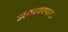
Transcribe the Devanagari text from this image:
अयायरपाटा